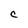
Character: C